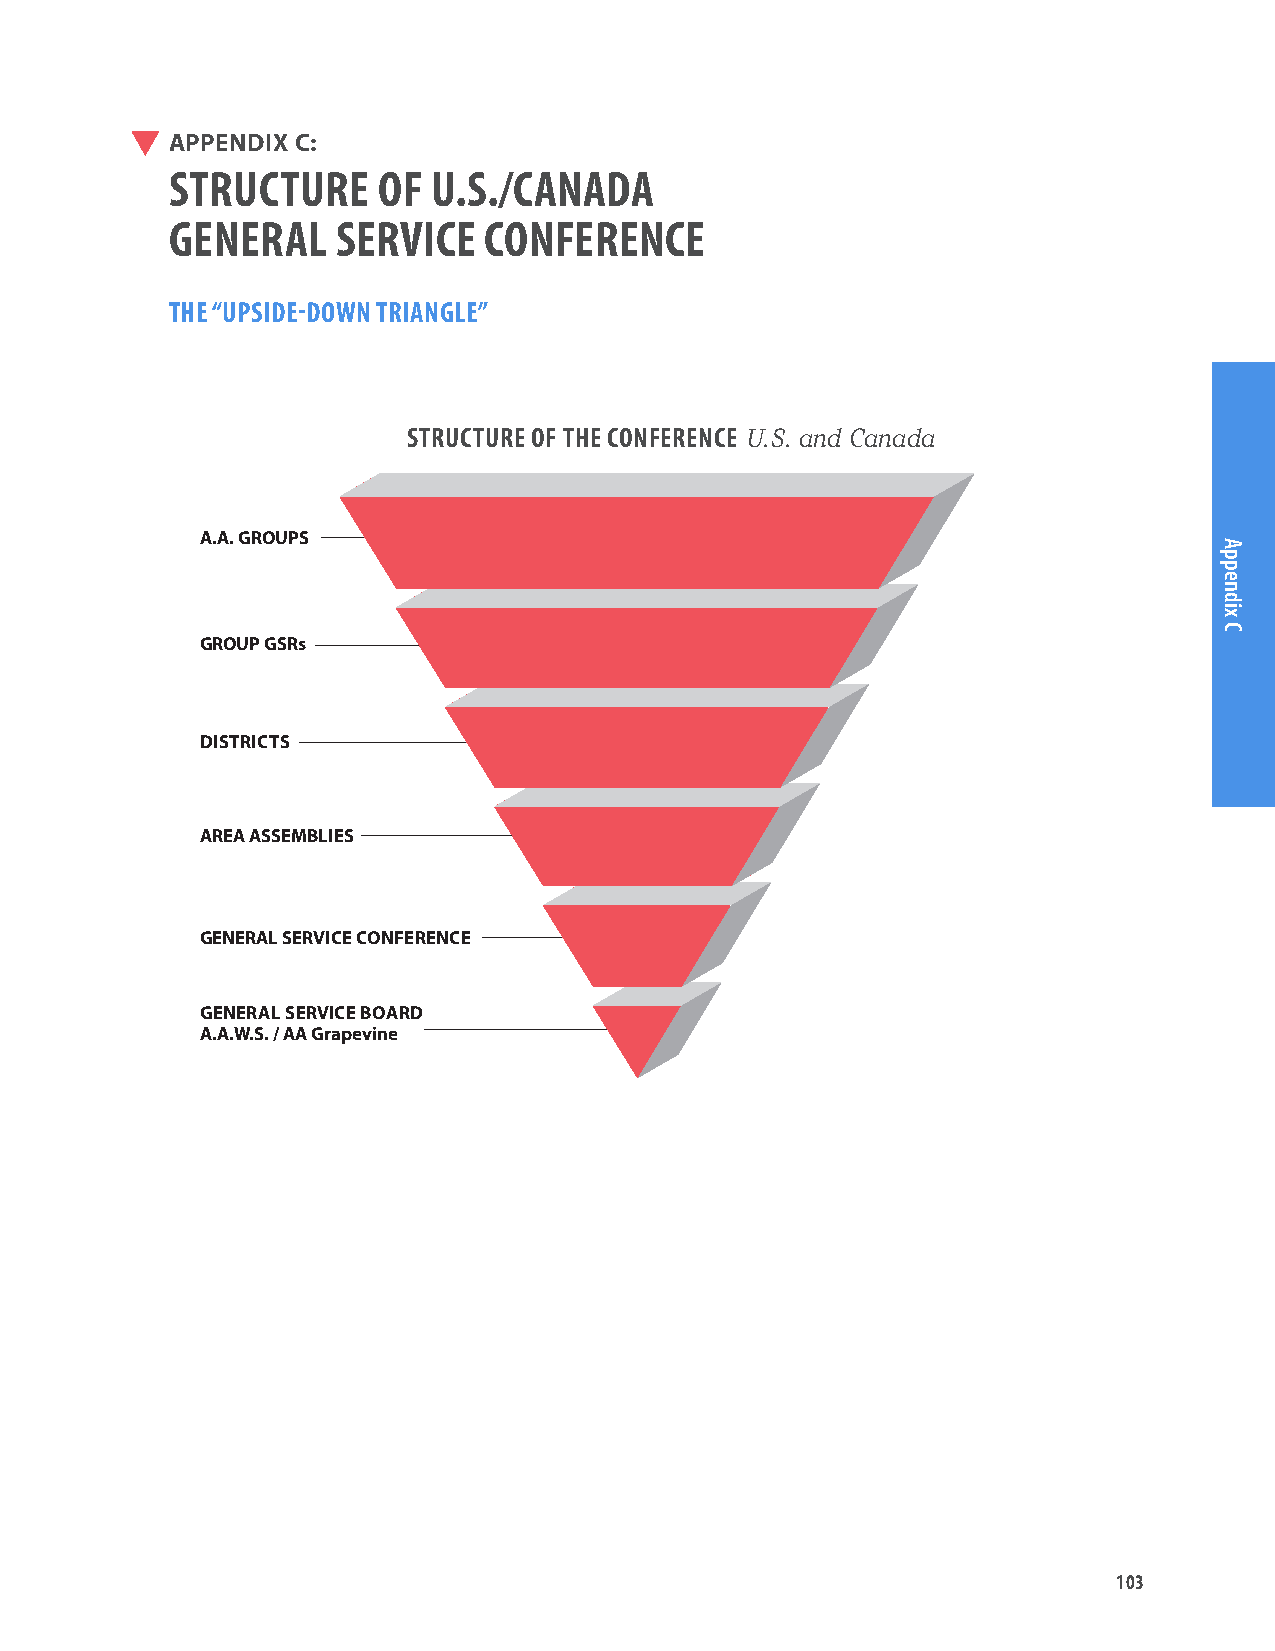
APPENDIX C:
 STRUCTURE     OF  U.S./CANADA
 GENERAL    SERVICE   CONFERENCE
 THE “UPSIDE-DOWN TRIANGLE”
 STRUCTURE OF THE CONFERENCE U.S. and Canada
 A.A. GROUPS
 GROUP GSRs
 DISTRICTS
 AREA ASSEMBLIES
 GENERAL SERVICE CONFERENCE
 GENERAL SERVICE BOARD
 A.A.W.S. / AA Grapevine
 103
 Appendix
 C